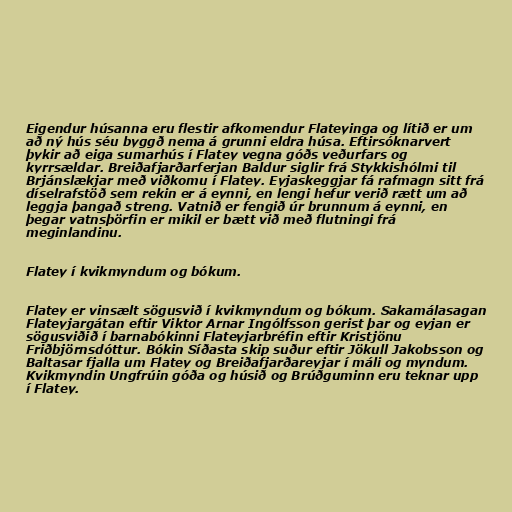
Eigendur húsanna eru flestir afkomendur Flateyinga og lítið er um
að ný hús séu byggð nema á grunni eldra húsa. Eftirsóknarvert
þykir að eiga sumarhús í Flatey vegna góðs veðurfars og
kyrrsældar. Breiðafjarðarferjan Baldur siglir frá Stykkishólmi til
Brjánslækjar með viðkomu í Flatey. Eyjaskeggjar fá rafmagn sitt frá
díselrafstöð sem rekin er á eynni, en lengi hefur verið rætt um að
leggja þangað streng. Vatnið er fengið úr brunnum á eynni, en
þegar vatnsþörfin er mikil er bætt við með flutningi frá
meginlandinu.

Flatey í kvikmyndum og bókum.

Flatey er vinsælt sögusvið í kvikmyndum og bókum. Sakamálasagan
Flateyjargátan eftir Viktor Arnar Ingólfsson gerist þar og eyjan er
sögusviðið í barnabókinni Flateyjarbréfin eftir Kristjönu
Friðbjörnsdóttur. Bókin Síðasta skip suður eftir Jökull Jakobsson og
Baltasar fjalla um Flatey og Breiðafjarðareyjar í máli og myndum.
Kvikmyndin Ungfrúin góða og húsið og Brúðguminn eru teknar upp
í Flatey.